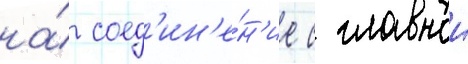
на́ соед'ин'е́н'ие с главнои